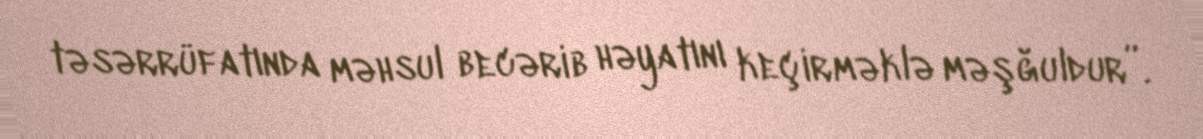
təsərrüfatında məhsul becərib həyatını keçirməklə məşğuldur”.